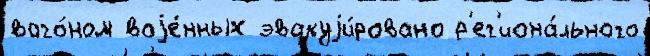
ваго́ном воjе́нных эвакуjи́ровано р'ег'иона́льного